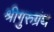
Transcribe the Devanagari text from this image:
श्रीगुरुग्रंथ